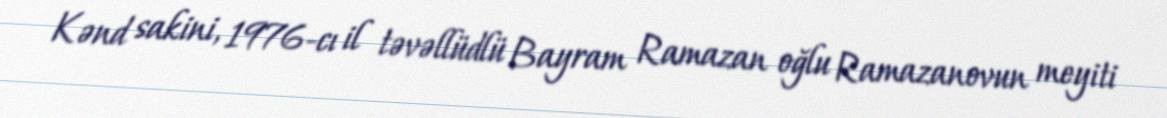
Kənd sakini, 1976-cı il təvəllüdlü Bayram Ramazan oğlu Ramazanovun meyiti